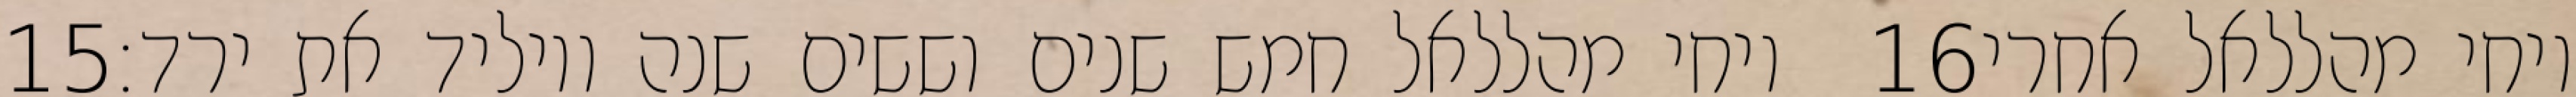
‎15‏ ויחי מהללאל חמש שנים וששים שנה ויוליד את ירד׃ ‎16‏ ויחי מהללאל אחרי